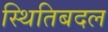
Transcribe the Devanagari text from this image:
स्थितिबदल